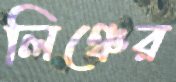
লিঞ্চের